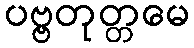
ပဗ္ဗတုတ္တမေ